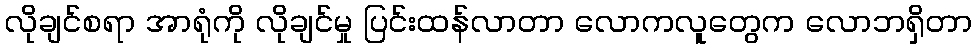
လိုချင်စရာ အာရုံကို လိုချင်မှု ပြင်းထန်လာတာ လောကလူတွေက လောဘရှိတာ